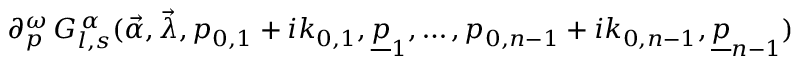
\partial _ { p } ^ { \omega } \, G _ { l , s } ^ { \, \alpha } ( \vec { \alpha } , \vec { \lambda } , p _ { 0 , 1 } + i k _ { 0 , 1 } , \underline { { { p } } } _ { 1 } , \ldots , p _ { 0 , n - 1 } + i k _ { 0 , n - 1 } , \underline { { { p } } } _ { n - 1 } )